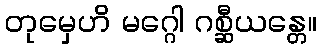
တုမှေဟိ မဂ္ဂေါ ဂစ္ဆီယန္တေ။